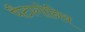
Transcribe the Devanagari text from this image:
पैटागोनिय